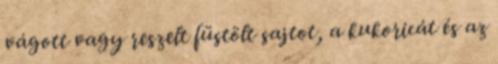
vágott vagy reszelt füstölt sajtot, a kukoricát és az